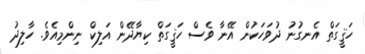
ހަޤީގަތް އެނގުނު ދުވަހަކުން އޭނާ ވެސް ހަޤީގަތް ކިޔާދޭން އަލިކް ނިންމިއެވެ. ހާލިދު